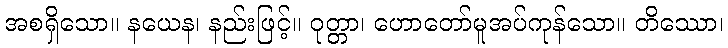
အစရှိသော။ နယေန၊ နည်းဖြင့်။ ဝုတ္တာ၊ ဟောတော်မူအပ်ကုန်သော။ တိဿော၊